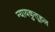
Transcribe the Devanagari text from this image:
न्यायकुतूहल